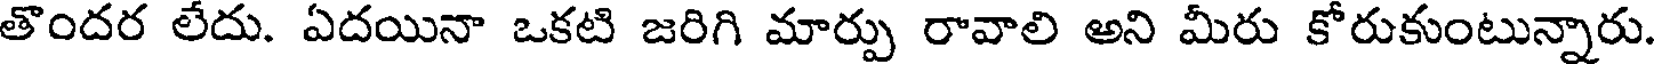
తొందర లేదు. ఏదయినా ఒకటి జరిగి మార్పు రావాలి అని మీరు కోరుకుంటున్నారు.